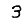
Digit: 3